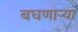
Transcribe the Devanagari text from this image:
बघणार्‍या